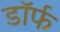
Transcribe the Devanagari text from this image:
डॉर्फ